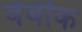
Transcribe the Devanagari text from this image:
वेर्बीक